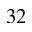
^ Ḋ 3 2 Ḍ